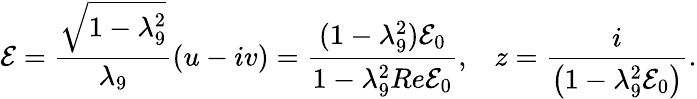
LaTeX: {\cal E}=\frac{\sqrt{1-\lambda_{9}^{2}}}{\lambda_{9}}\left(u-iv\right)=\frac{(1-\lambda_{9}^{2}){\cal E}_{0}}{1-\lambda_{9}^{2}Re{\cal E}_{0}},\; \; \; z=\frac{i}{\left(1-\lambda_{9}^{2}{\cal E}_{0}\right)}.